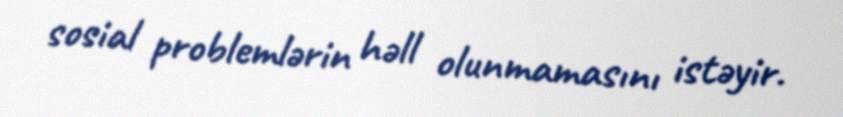
sosial problemlərin həll olunmamasını istəyir.